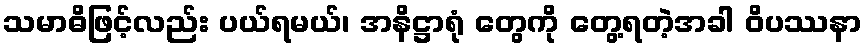
သမာဓိဖြင့်လည်း ပယ်ရမယ်၊ အနိဋ္ဌာရုံ တွေကို တွေ့ရတဲ့အခါ ဝိပဿနာ